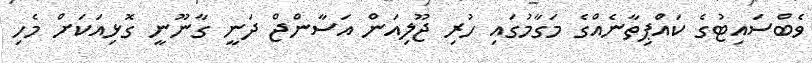
ވެބްސައިޓުގެ ކައްޕިތާނެއްގެ މަގާމުގައި ހުރި ޖޫލިއަން އަސާންޖް ދަނީ ގާނޫނީ ގޮޅިއަކަށް މެހި